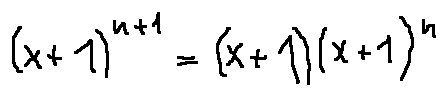
( x + 1 ) ^ { n + 1 } = ( x + 1 ) ( x + 1 ) ^ { n }